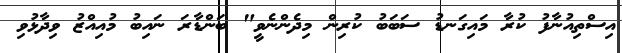
އިސްތިއުނާފު ކުރާ މައިގަނޑު ސަބަބު ކުރިން މިދެންނެވީ" ބަންޑާރަ ނައިބު މުއިއްޒު ވިދާޅުވި